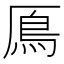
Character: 鳫